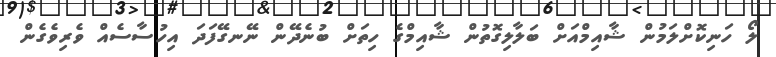
ލޯ ހަނިކޮށްލަމުން ޝާއިމްއަށް ބަލާލިގޮތުން ޝާއިމްގެ ހިތަށް ބުނެދޭން ނޭނގޭފަދަ އިހުސާސެއް ވެރިވެގެން